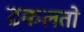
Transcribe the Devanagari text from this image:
ढकलतो